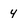
Character: 4